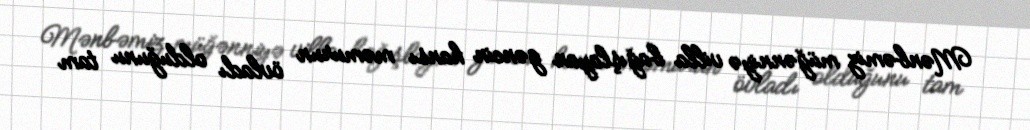
Mənbəmiz müğənniyə villa bağışlayan gəncin hansı məmurun övladı olduğunu tam